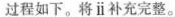
过程如下。将ⅱ补充完整。